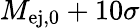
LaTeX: M_{\mathrm{ej,0}}+10\sigma